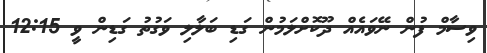
ވިސާމް ފުން ނޭވައެއް ދޫކޮށްލަމުން ގަޑި ބަލާލި ވަގުތު ގަޑިން ވީ 12:15